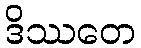
ဒိဿတေ